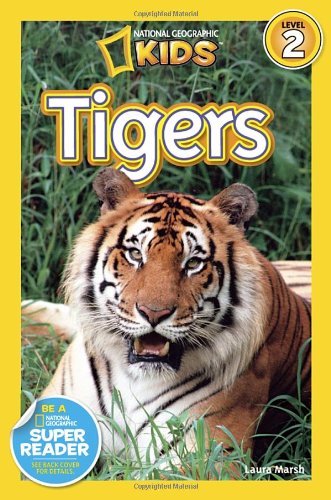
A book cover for National Geographic Readers: Tigers; Laura Marsh; Children's Books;